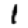
Digit: 1